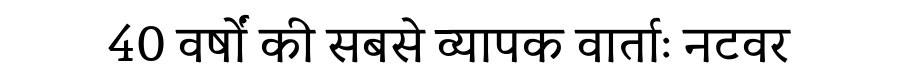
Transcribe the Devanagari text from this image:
40 वर्षों की सबसे व्यापक वार्ताः नटवर